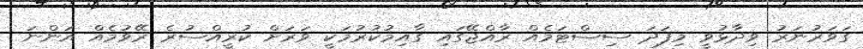
ގަވަރުނަރު ވިދާޅުވީ މިފަދަ ސިސްޓަމެއް ރާއްޖޭގައި ގާއިމުކުރުމަކީ ވަރަށް ކުރީއްސުރެ ރޭވުމެއް އަންނަ